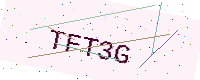
Text: TFT3G